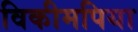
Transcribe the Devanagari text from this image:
विकीमपिया